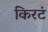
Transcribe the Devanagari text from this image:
किरटं